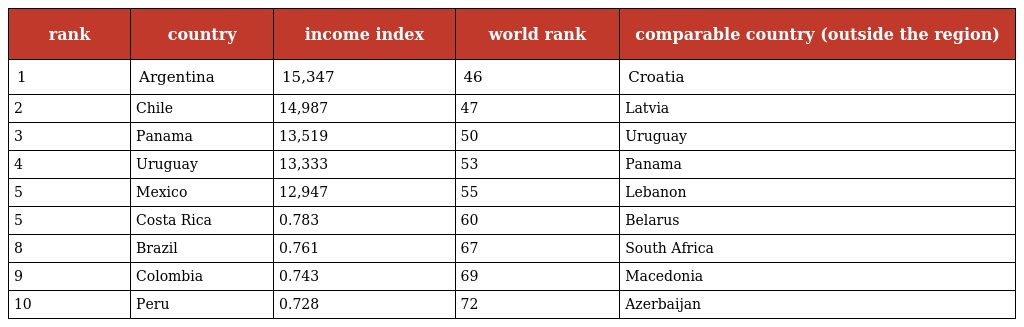
| rank | country | income index | world rank | comparable country (outside the region) |
 | --- | --- | --- | --- | --- |
 | 1 | Argentina | 15,347 | 46 | Croatia |
 | 2 | Chile | 14,987 | 47 | Latvia |
 | 3 | Panama | 13,519 | 50 | Uruguay |
 | 4 | Uruguay | 13,333 | 53 | Panama |
 | 5 | Mexico | 12,947 | 55 | Lebanon |
 | 5 | Costa Rica | 0.783 | 60 | Belarus |
 | 8 | Brazil | 0.761 | 67 | South Africa |
 | 9 | Colombia | 0.743 | 69 | Macedonia |
 | 10 | Peru | 0.728 | 72 | Azerbaijan |